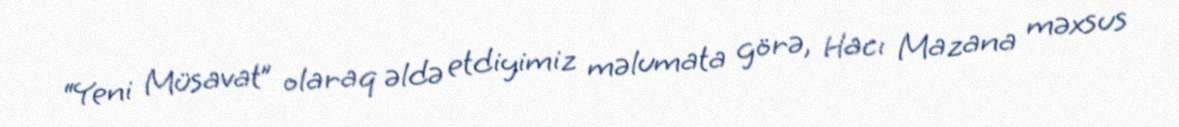
“Yeni Müsavat” olaraq əldə etdiyimiz məlumata görə, Hacı Mazana məxsus